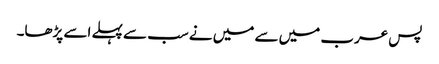
پس عرب میں سے میں نے سب سے پہلے اسے پڑھا۔